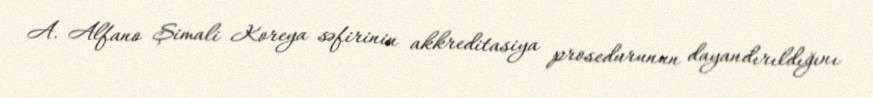
A. Alfano Şimali Koreya səfirinin akkreditasiya prosedurunun dayandırıldığını